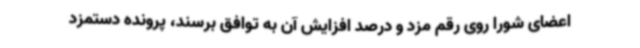
اعضای شورا روی رقم مزد و درصد افزایش آن به توافق برسند، پرونده دستمزد